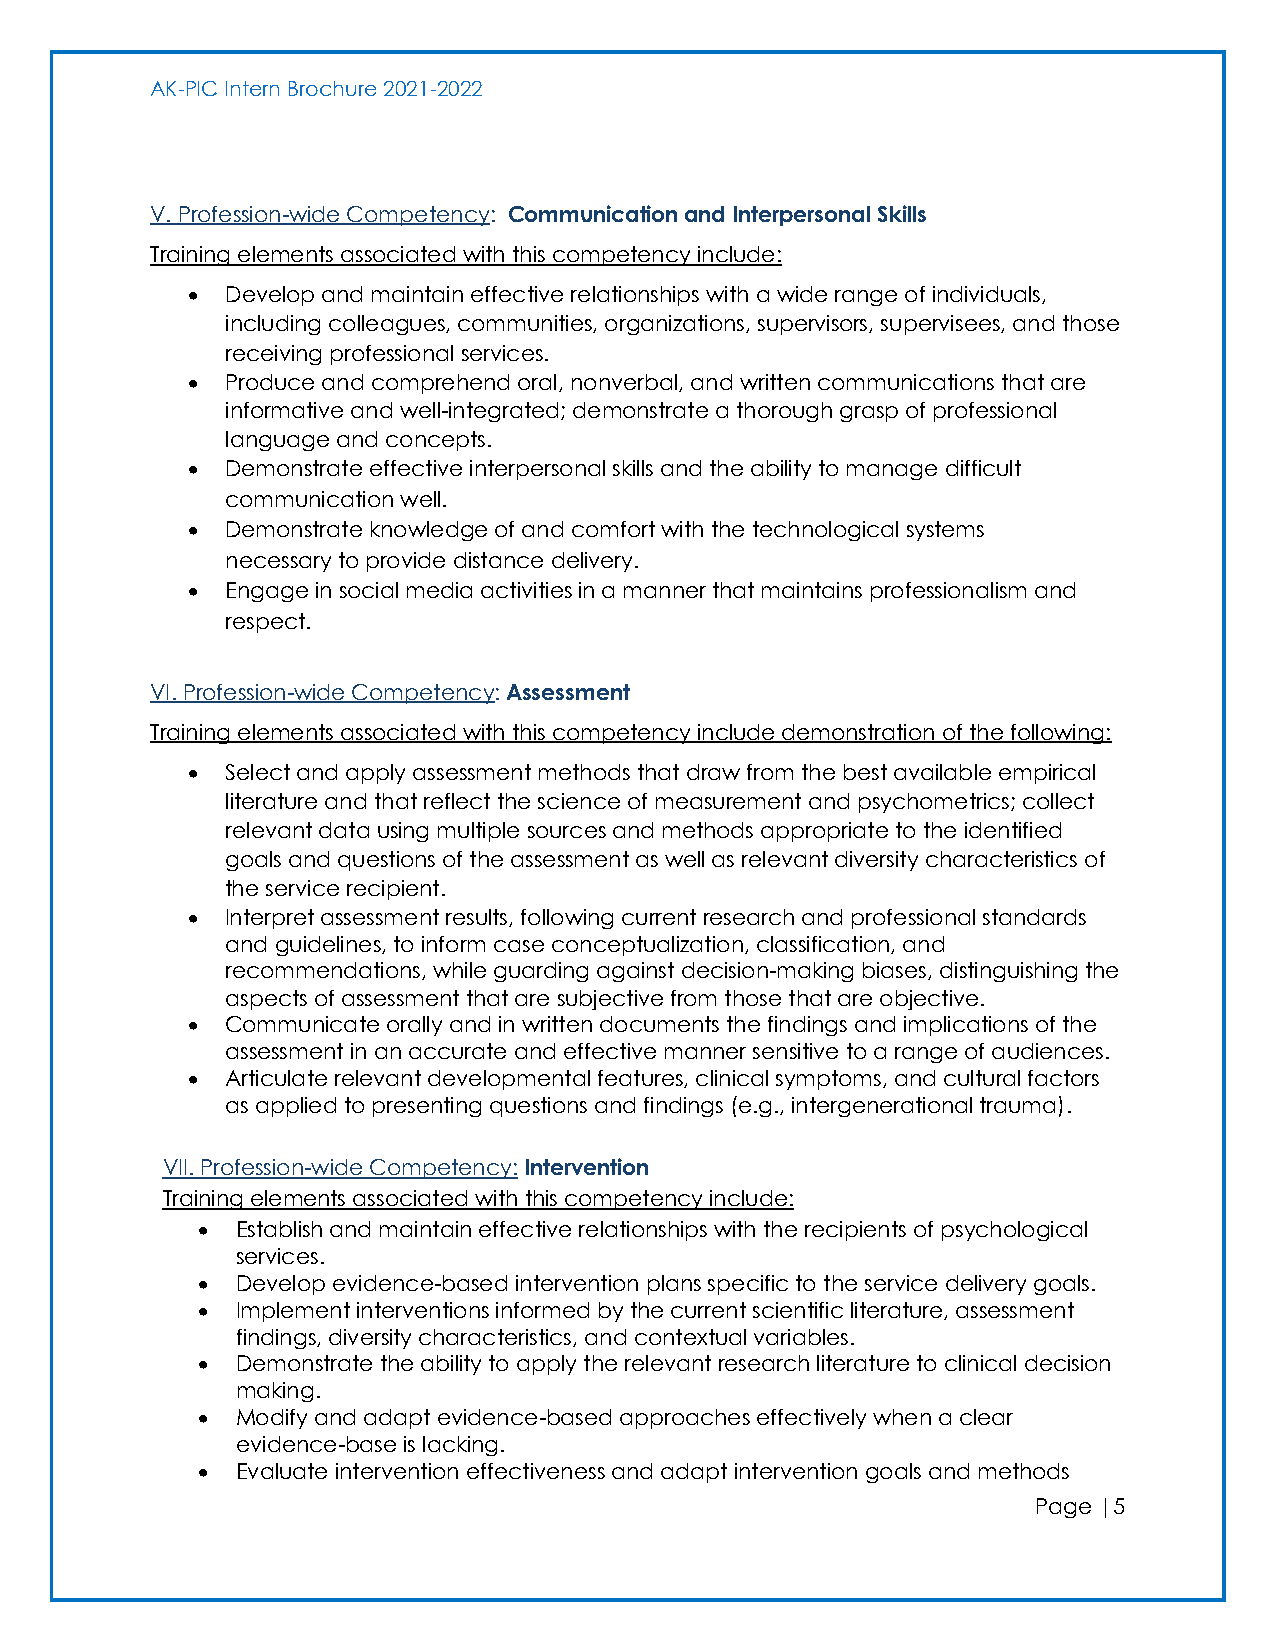
AK-PIC Intern Brochure 2021-2022
 V. Profession-wide Competency: Communication and Interpersonal Skills
 Training elements associated with this competency include:
 •  Develop and maintain effective relationships with a wide range of individuals,
 including colleagues, communities, organizations, supervisors, supervisees, and those
 receiving professional services.
 •  Produce and comprehend oral, nonverbal, and written communications that are
 informative and well-integrated; demonstrate a thorough grasp of professional
 language and concepts.
 •  Demonstrate effective interpersonal skills and the ability to manage difficult
 communication well.
 •  Demonstrate knowledge of and comfort with the technological systems
 necessary to provide distance delivery.
 •  Engage in social media activities in a manner that maintains professionalism and
 respect.
 VI. Profession-wide Competency: Assessment
 Training elements associated with this competency include demonstration of the following:
 •  Select and apply assessment methods that draw from the best available empirical
 literature and that reflect the science of measurement and psychometrics; collect
 relevant data using multiple sources and methods appropriate to the identified
 goals and questions of the assessment as well as relevant diversity characteristics of
 the service recipient.
 •  Interpret assessment results, following current research and professional standards
 and guidelines, to inform case conceptualization, classification, and
 recommendations, while guarding against decision-making biases, distinguishing the
 aspects of assessment that are subjective from those that are objective.
 •  Communicate orally and in written documents the findings and implications of the
 assessment in an accurate and effective manner sensitive to a range of audiences.
 •  Articulate relevant developmental features, clinical symptoms, and cultural factors
 as applied to presenting questions and findings (e.g., intergenerational trauma).
 VII. Profession-wide Competency: Intervention
 Training elements associated with this competency include:
 •  Establish and maintain effective relationships with the recipients of psychological
 services.
 •  Develop evidence-based intervention plans specific to the service delivery goals.
 •  Implement interventions informed by the current scientific literature, assessment
 findings, diversity characteristics, and contextual variables.
 •  Demonstrate the ability to apply the relevant research literature to clinical decision
 making.
 •  Modify and adapt evidence-based approaches effectively when a clear
 evidence-base is lacking.
 •  Evaluate intervention effectiveness and adapt intervention goals and methods
 Page |5